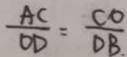
\frac { A C } { O D } = \frac { C O } { D B } _ { \cdot }